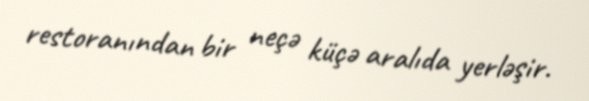
restoranından bir neçə küçə aralıda yerləşir.